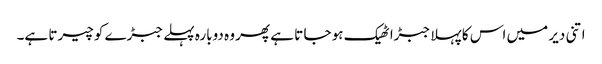
اتنی دیر میں اس کا پہلا جبڑا ٹھیک ہو جا تا ہے پھر وہ دوبارہ پہلے جبڑے کو چیرتا ہے۔